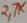
Text: 27K